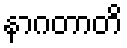
နာဂတာတိ